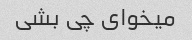
میخوای چی بشی